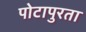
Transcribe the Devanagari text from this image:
पोटापुरता